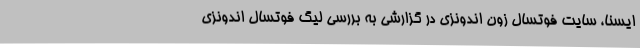
ایسنا، سایت فوتسال زون اندونزی در گزارشی به بررسی لیگ فوتسال اندونزی